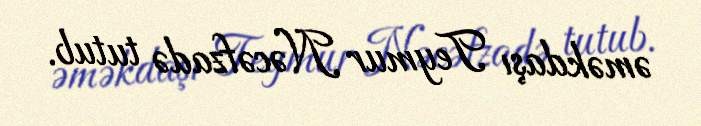
əməkdaşı Teymur Nəcəfzadə tutub.